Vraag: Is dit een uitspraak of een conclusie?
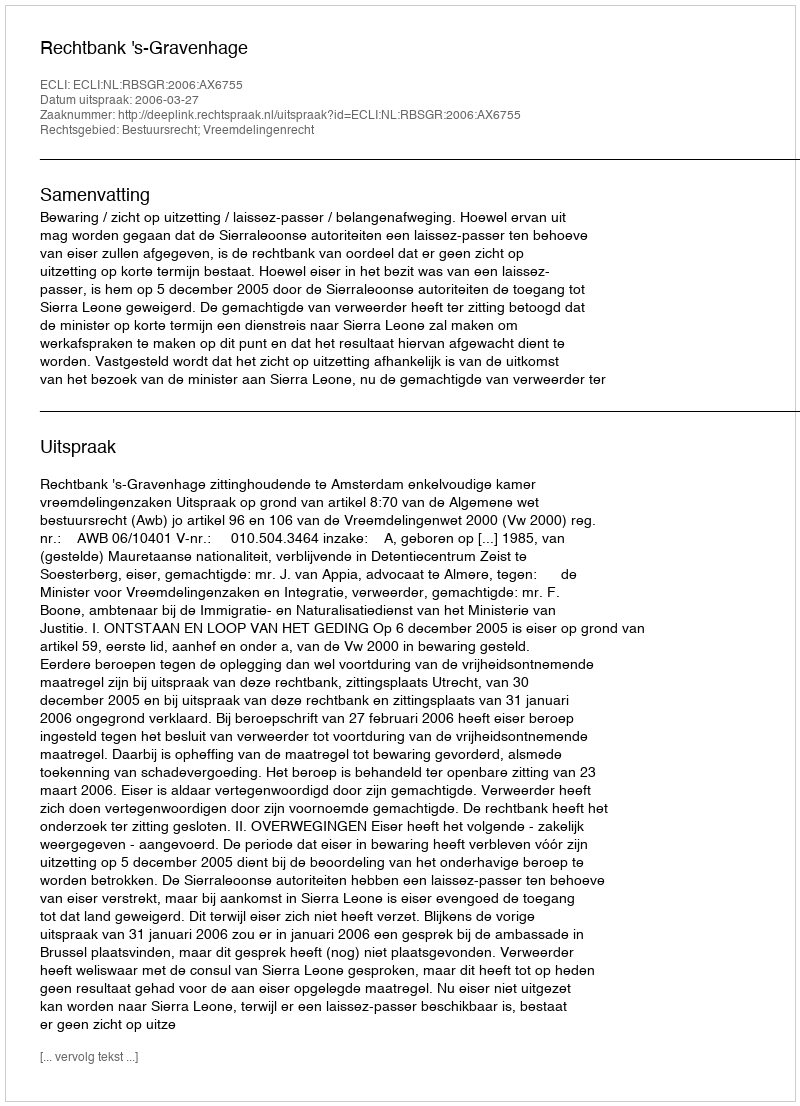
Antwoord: Uitspraak